Insane asylums in Bengal annual reports 1867-1875 - 1867-1875
Year: 1867
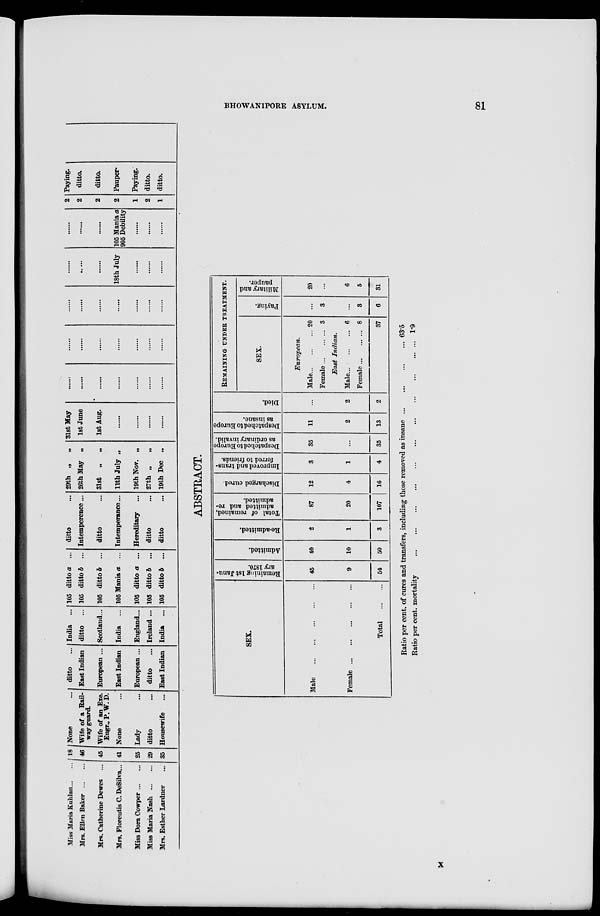
BHOWANIPORE ASYLUM.
81
Miss Maria Kuhlan ... ...
Mrs. Ellen Baker ... ...
Mrs. Catherine Dewes ...
Mrs. Floreutis C. DeSilva...
Miss Dora Cowper ... ...
Miss Maria Nash ... ...
Mrs. Esther Lardner ...
18
46
45
41
25
29
35
None ...
Wife of a Rail-
way guard.
Wife of an Exe.
Engr.,P.W.D.
None ...
Lady ...
ditto ...
Housewife ...
ditto ...
East Indian
European ...
East Indian
European ...
ditto ...
East Indian
India ...
ditto ...
Scotland...
India ...
England...
Ireland ...
India ...
105 ditto a ...
105 ditto b ...
105 ditto b ...
105 Mania a ...
105 ditto a ...
105 ditto b ...
105 ditto b ...
ditto ...
Intemperence...
ditto ...
Intemperance...
Hereditary ...
ditto ...
ditto ...
29th „
„
26th May „
31st
„ „
11thJuly „
19th Nov. „
27th „
„
19th Dec „
31st May
1st June
1st Aug.
.......
.......
.......
.......
.......
.......
.......
.......
.......
.......
.......
.......
.......
.......
.......
.......
.......
.......
.......
.......
.......
.......
.......
.......
.......
.......
.....
.......
18th July
.......
.......
.......
.......
.......
.......
105 Mania a
905 Debility
.......
.......
.......
2
2
2
2
1
2
1
Paying.
ditto.
ditto.
Pauper.
Paying.
ditto.
ditto.
ABSTRACT.
SEX.
Male
...
...
...
...
...
Female
...
...
...
...
...
Total
...
...
Remaining 1st Janu-
ary 1870.
45
9
54
Admitted.
40
10
50
Re-admitted.
2
1
3
Total of remained,
admitted and re-
admitted.
87
20
107
Discharged cured.
12
4
16
Improved and trans-
ferred to friends.
3
1
4
Despatched to Europe
as ordinary invalid.
35
...
35
Despatched to Europe
as insane.
11
2
13
Died.
...
2
2
REMAINING UNDER TREATMENT.
SEX.
European.
Male ... ... ...
Female ... ... ...
20
3
East Indian.
Male ... ... ...
Female ... ... ...
6
8
37
Paying.
...
3
...
3
6
Military and
pauper.
20
...
6
5
31
Ratio per cent. of cures and transfers, including those removed as insane ... ... ... ...
Ratio per cent. mortality ... ... ... ... ... ... ... ... ... ... ... ... ... ... ... ... ... ... ...
63.5
1.9
X